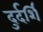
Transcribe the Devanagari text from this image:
दुर्दर्शि